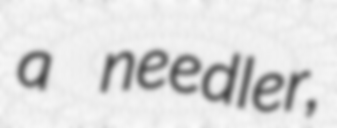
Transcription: a needler,